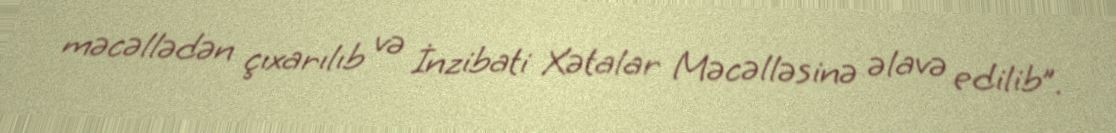
məcəllədən çıxarılıb və İnzibati Xətalar Məcəlləsinə əlavə edilib”.